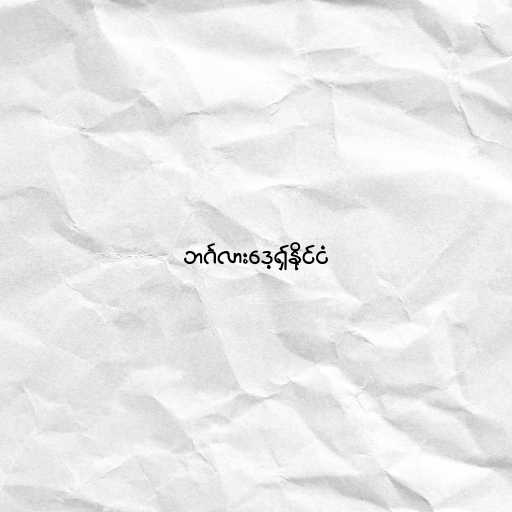
ဘင်္ဂလားဒေ့ရှ်နိုင်ငံ